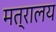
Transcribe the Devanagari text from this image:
मत्रालय